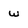
Character: w